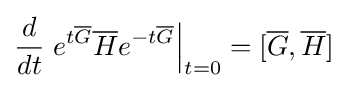
{\frac {d}{dt}}\left.e^{t{\overline {G}}}{\overline {H}}e^{-t{\overline {G}}}\right|_{t=0}=[{\overline {G}},{\overline {H}}]